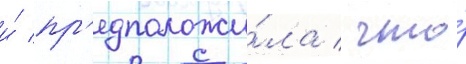
и́ пр'едположи́ла / что́